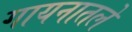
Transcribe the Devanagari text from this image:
गायनातले